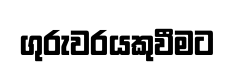
ගුරුවරයකුවීමට